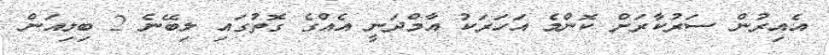
އެއިރުން ސަރުކާރަށް ކޮންމެ އަހަރަކު އާމްދަނީ އެއްގެ ގޮތުގައި ލިބޭނެ 2 ބިލިއަން